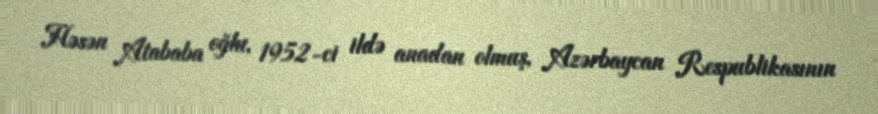
Həsən Atababa oğlu, 1952-ci ildə anadan olmuş, Azərbaycan Respublikasının